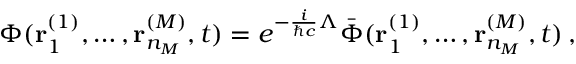
\Phi ( { \bf r } _ { 1 } ^ { ( 1 ) } , \ldots , { \bf r } _ { n _ { M } } ^ { ( M ) } , t ) = e ^ { - \frac { i } { \hbar c } \Lambda } \bar { \Phi } ( { \bf r } _ { 1 } ^ { ( 1 ) } , \ldots , { \bf r } _ { n _ { M } } ^ { ( M ) } , t ) \, ,